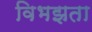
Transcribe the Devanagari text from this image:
विभझता